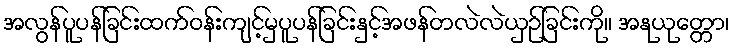
အလွန်ပူပန်ခြင်းထက်ဝန်းကျင့်မှပူပန်ခြင်းနှင့်အဖန်တလဲလဲယှဉ်ခြင်းကို။ အနုယုတ္တော၊